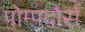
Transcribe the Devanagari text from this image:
पोम्पदौर्स